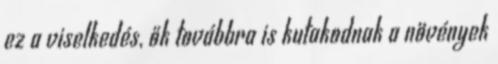
ez a viselkedés, ők továbbra is kutakodnak a növények